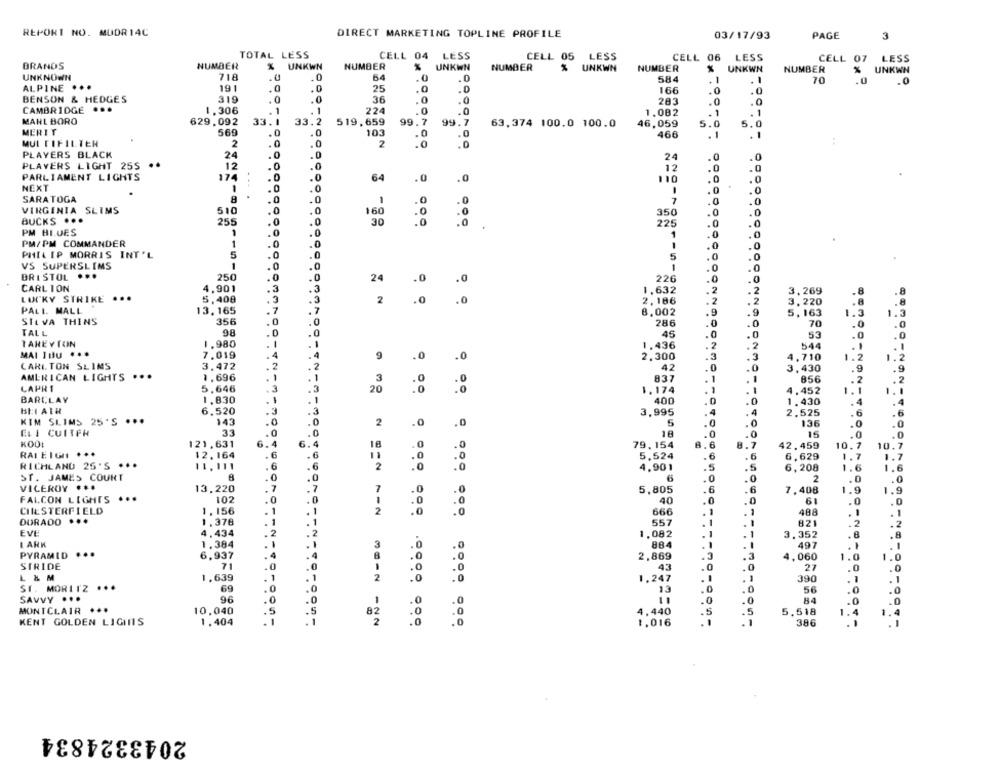
REPORT NO. MUDR 14C
DIRECT MARKETING TOPLINE PROFILE
03/17/93
PAGE
3
TOTAL LESS
CELL 04 LESS
CELL 05 LESS
CELL 06
LESS
CELL 07 LESS
BRANDS
NUMBER
X UNKWN
NUMBER
UNKWN
NUMBER
% UNKWN
NUMBER
UNKWN
NUMBER
% UNKWN
UNKNOWN
718
64
.0
584
ALPINE ..
.0
70
.0
.0
191
.0
25
.0
.0
166
BENSON & HEDGES
319
.
.0
36
.0
.0
283
CAMBRIDGE ...
1
1,306
224
.0
.0
1.082
01
MANL BORO
629,092
33.2
519,659
99.7 99.7
63,374 100.0 100.0
46,059
.0
MERIT
569
.0
103
.0
.0
.0
466
.1
MUI FIFILTER
2
.0
.0
2
.0
PLAYERS BLACK
24
24
.0
PLAYERS LIGHT 25S
12
12
.0
PARLIAMENT LIGHTS
174
.0
64
.0
0
110
.0
.0
0
NEXT
.0
SARATOGA
8
.0
7
.0
VIRGINIA SLIMS
510
.C
160
.0
350
.0
BUCKS .
255
30
.0
225
PM BLUES
1
0
1
PM/PM COMMANDER
1
.C
0
.0
PHILIP MORRIS INT'L
5
0
.0
5
0
VS SUPERSLIMS
1
0
.0
1
0
BRISTOL ...
250
.0
.0
24
226
.0
.0
CARL 10N
4,901
3
.3
1,632
3,269
LUCKY STRIKE ...
5,408
3
.3
2
.0
2,186
3.220
PALL MALL
13. 165
.7
7
8,002
5,163
1.
SILVA THINS
356
.0
.0
286
70
TALL
98
.0
.0
46
TAREYTON
1.980
-
-
1,436
544
MAI Itu ...
7.019
4
.4
9
.0
2,300
1. 710
.0
CARI. TON SLIMS
3.472
2
.2
42
0
3,430
.9
.9
AMERICAN LIGHTS ...
1,696
-
3
837
856
.2
CAPRI
5,646
20
1.174
1
4.452
BARCLAY
1.830
1
400
.0
1.430
BEIATH
6.520
4
3,995
4
2.525
KIM SLIMS 25'S ...
143
2
.0
136
ELI CUITFR
33
.0
18
0
15
.0
KOOL
121,631
6.4
18
.0
79,154
A.6
.7
42.459
10
10.7
RALEIGH ...
12.164
5,524
.6
6,629
RICHLAND 25'S ...
6
1.7
2
4,901
6,208
1.6
ST. JAMES COURT
6
2
VICEROY
13.220
7
5,805
7,408
1.
1.9
FALCON LIGHTS
...
102
40
0
61
.0
CHESTERFIELD
1,156
2
666
488
. 1
.1
DORADO ..
1.378
557
821
.2
EVE
4.434
1.082
3.352
.8
I ARK
1,384
3
884
497
.1
PYRAMID ...
6,937
2,869
4,060
1.0
1.0
7
STRIDE
1
43
.0
27
.0
L & M
1.639
1
2
1.247
.
390
ST. MORITZ ...
69
13
56
SAVVY ...
96
.0
.0
84
.0
MONTCLAIR
.
10,040
82
4,440
5
.5
5,518
1:4
KENT GOLDEN LIGHTS
1,404
2
1.016
2043324834